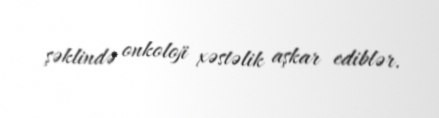
şəklində onkoloji xəstəlik aşkar ediblər.